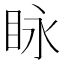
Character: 眿